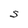
Character: S